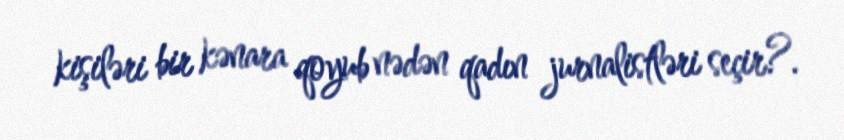
kişiləri bir kənara qoyub nədən qadın jurnalistləri seçir?.